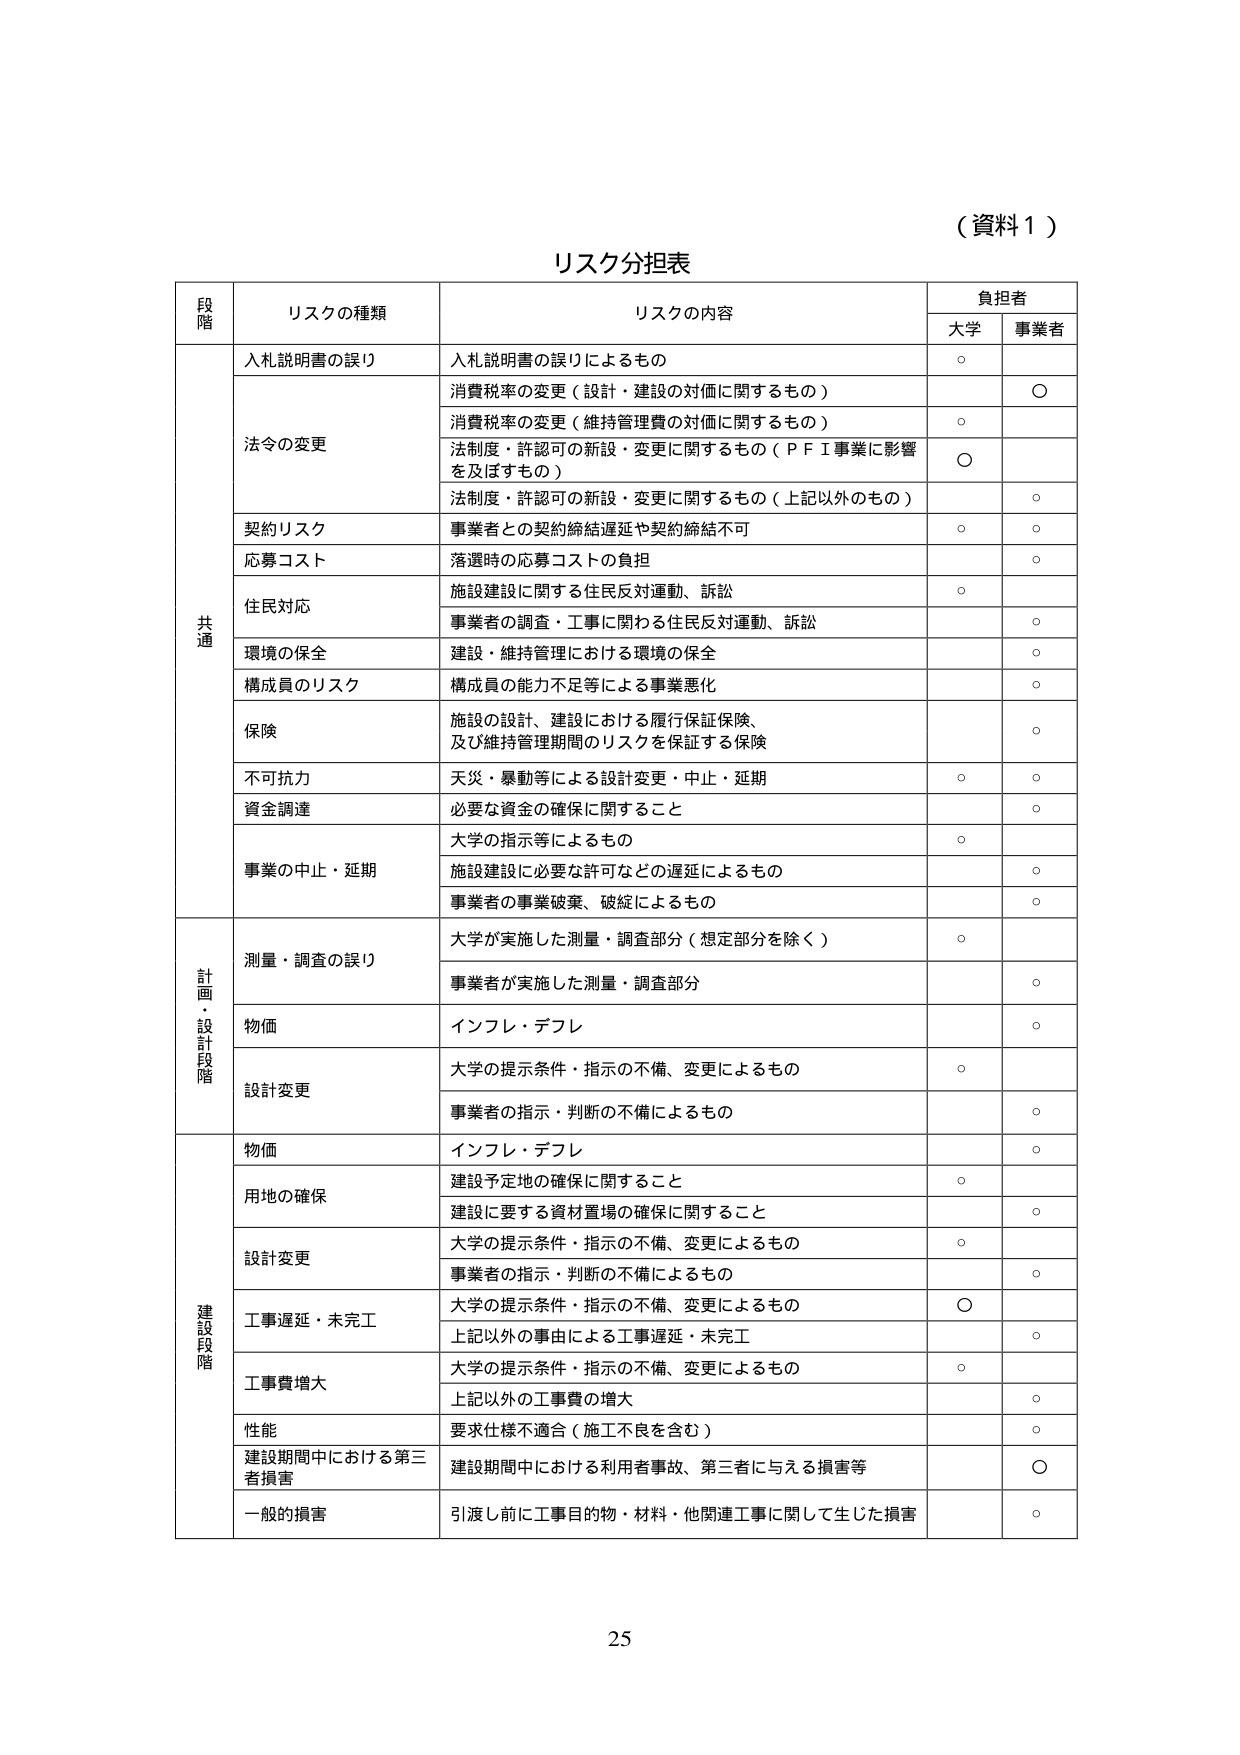
（資料１）

リスク分担表

段階	リスクの種類	リスクの内容	負担者
		大学	事業者
共通	入札説明書の誤り	入札説明書の誤りによるもの	○
	法令の変更	消費税率の変更（設計・建設の対価に関するもの）		○
		消費税率の変更（維持管理費の対価に関するもの）	○
		法制度・許認可の新設・変更に関するもの（ＰＦＩ事業に影響を及ぼすもの）	○
		法制度・許認可の新設・変更に関するもの（上記以外のもの）		○
	契約リスク	事業者との契約締結遅延や契約締結不可	○	○
	応募コスト	落選時の応募コストの負担		○
	住民対応	施設建設に関する住民反対運動、訴訟	○
		事業者の調査・工事に関わる住民反対運動、訴訟		○
	環境の保全	建設・維持管理における環境の保全		○
	構成員のリスク	構成員の能力不足等による事業悪化		○
	保険	施設の設計、建設における履行保証保険、及び維持管理期間のリスクを保証する保険		○
	不可抗力	天災・暴動等による設計変更・中止・延期	○	○
	資金調達	必要な資金の確保に関すること		○
	事業の中止・延期	大学の指示等によるもの	○
		施設建設に必要な許可などの遅延によるもの		○
		事業者の事業破棄、破綻によるもの		○
計画・設計段階	測量・調査の誤り	大学が実施した測量・調査部分（想定部分を除く）	○
		事業者が実施した測量・調査部分		○
	物価	インフレ・デフレ		○
	設計変更	大学の提示条件・指示の不備、変更によるもの	○
		事業者の指示・判断の不備によるもの		○
建設段階	物価	インフレ・デフレ		○
	用地の確保	建設予定地の確保に関すること	○
		建設に要する資材置場の確保に関すること		○
	設計変更	大学の提示条件・指示の不備、変更によるもの	○
		事業者の指示・判断の不備によるもの		○
	工事遅延・未完工	大学の提示条件・指示の不備、変更によるもの	○
		上記以外の事由による工事遅延・未完工		○
	工事費増大	大学の提示条件・指示の不備、変更によるもの	○
		上記以外の工事費の増大		○
	性能	要求仕様不適合（施工不良を含む）		○
	建設期間中における第三者損害	建設期間中における利用者事故、第三者に与える損害等		○
	一般的損害	引渡し前に工事目的物・材料・他関連工事に関して生じた損害		○

25